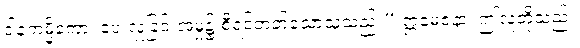
ဒါနကမ္မိကော၊ ပေးလှူခြင်းအမှု၌ စီရင်တတ်သောသူသည်။” ဣမေဇနာ၊ ဤလူတို့သည်။